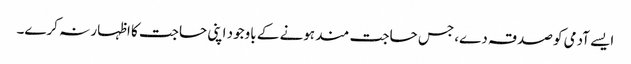
ایسے آدمی کو صدقہ دے، جس حاجت مند ہونے کے باوجود اپنی حاجت کا اظہار نہ کرے۔